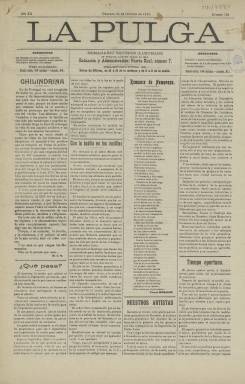
Título: La Pulga (Granada)
Colección: Periódicos
Ámbito geográfico: Granada
Lugar de publicación: Granada
Fechas: 24/10/1910-24/10/1910